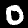
Digit: 0